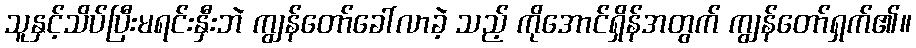
သူနှင့်သိပ်ပြီးမရင်းနှီးဘဲ ကျွန်တော်ခေါ်လာခဲ့ သည့် ကိုအောင်ရှိန်အတွက် ကျွန်တော်ရှက်၏။